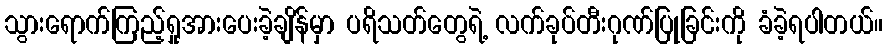
သွားရောက်ကြည့်ရှုအားပေးခဲ့ချိန်မှာ ပရိသတ်တွေရဲ့ လက်ခုပ်တီးဂုဏ်ပြုခြင်းကို ခံခဲ့ရပါတယ်။